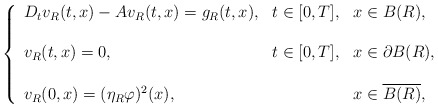
\begin{align*}\left\{\begin{array}{lll}D_tv_R(t,x)-Av_R(t,x)=g_R(t,x), & t\in[0,T], & x\in B(R), \\\\v_R(t,x)=0, & t\in[0,T], & x\in\partial B(R), \\\\v_R(0,x)= (\eta_R\varphi)^2(x), & & x\in \overline{B(R)},\end{array}\right.\end{align*}